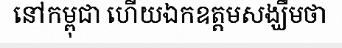
នៅកម្ពុជា ហើយឯកឧត្តមសង្ឃឹមថា